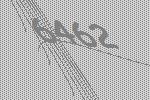
6462